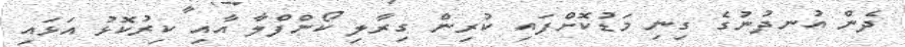
ދެން އުނދުނުގެ ގިނި މަޑުކޮށްފައި ކުރިން ގިރާލި ކޯންފްލާ އާއި ކިރުކޮޅު އަޅައި